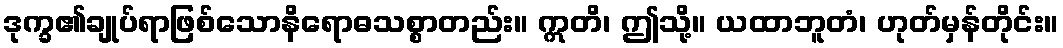
ဒုက္ခ၏ချုပ်ရာဖြစ်သောနိရောဓသစ္စာတည်း။ ဣတိ၊ ဤသို့။ ယထာဘူတံ၊ ဟုတ်မှန်တိုင်း။